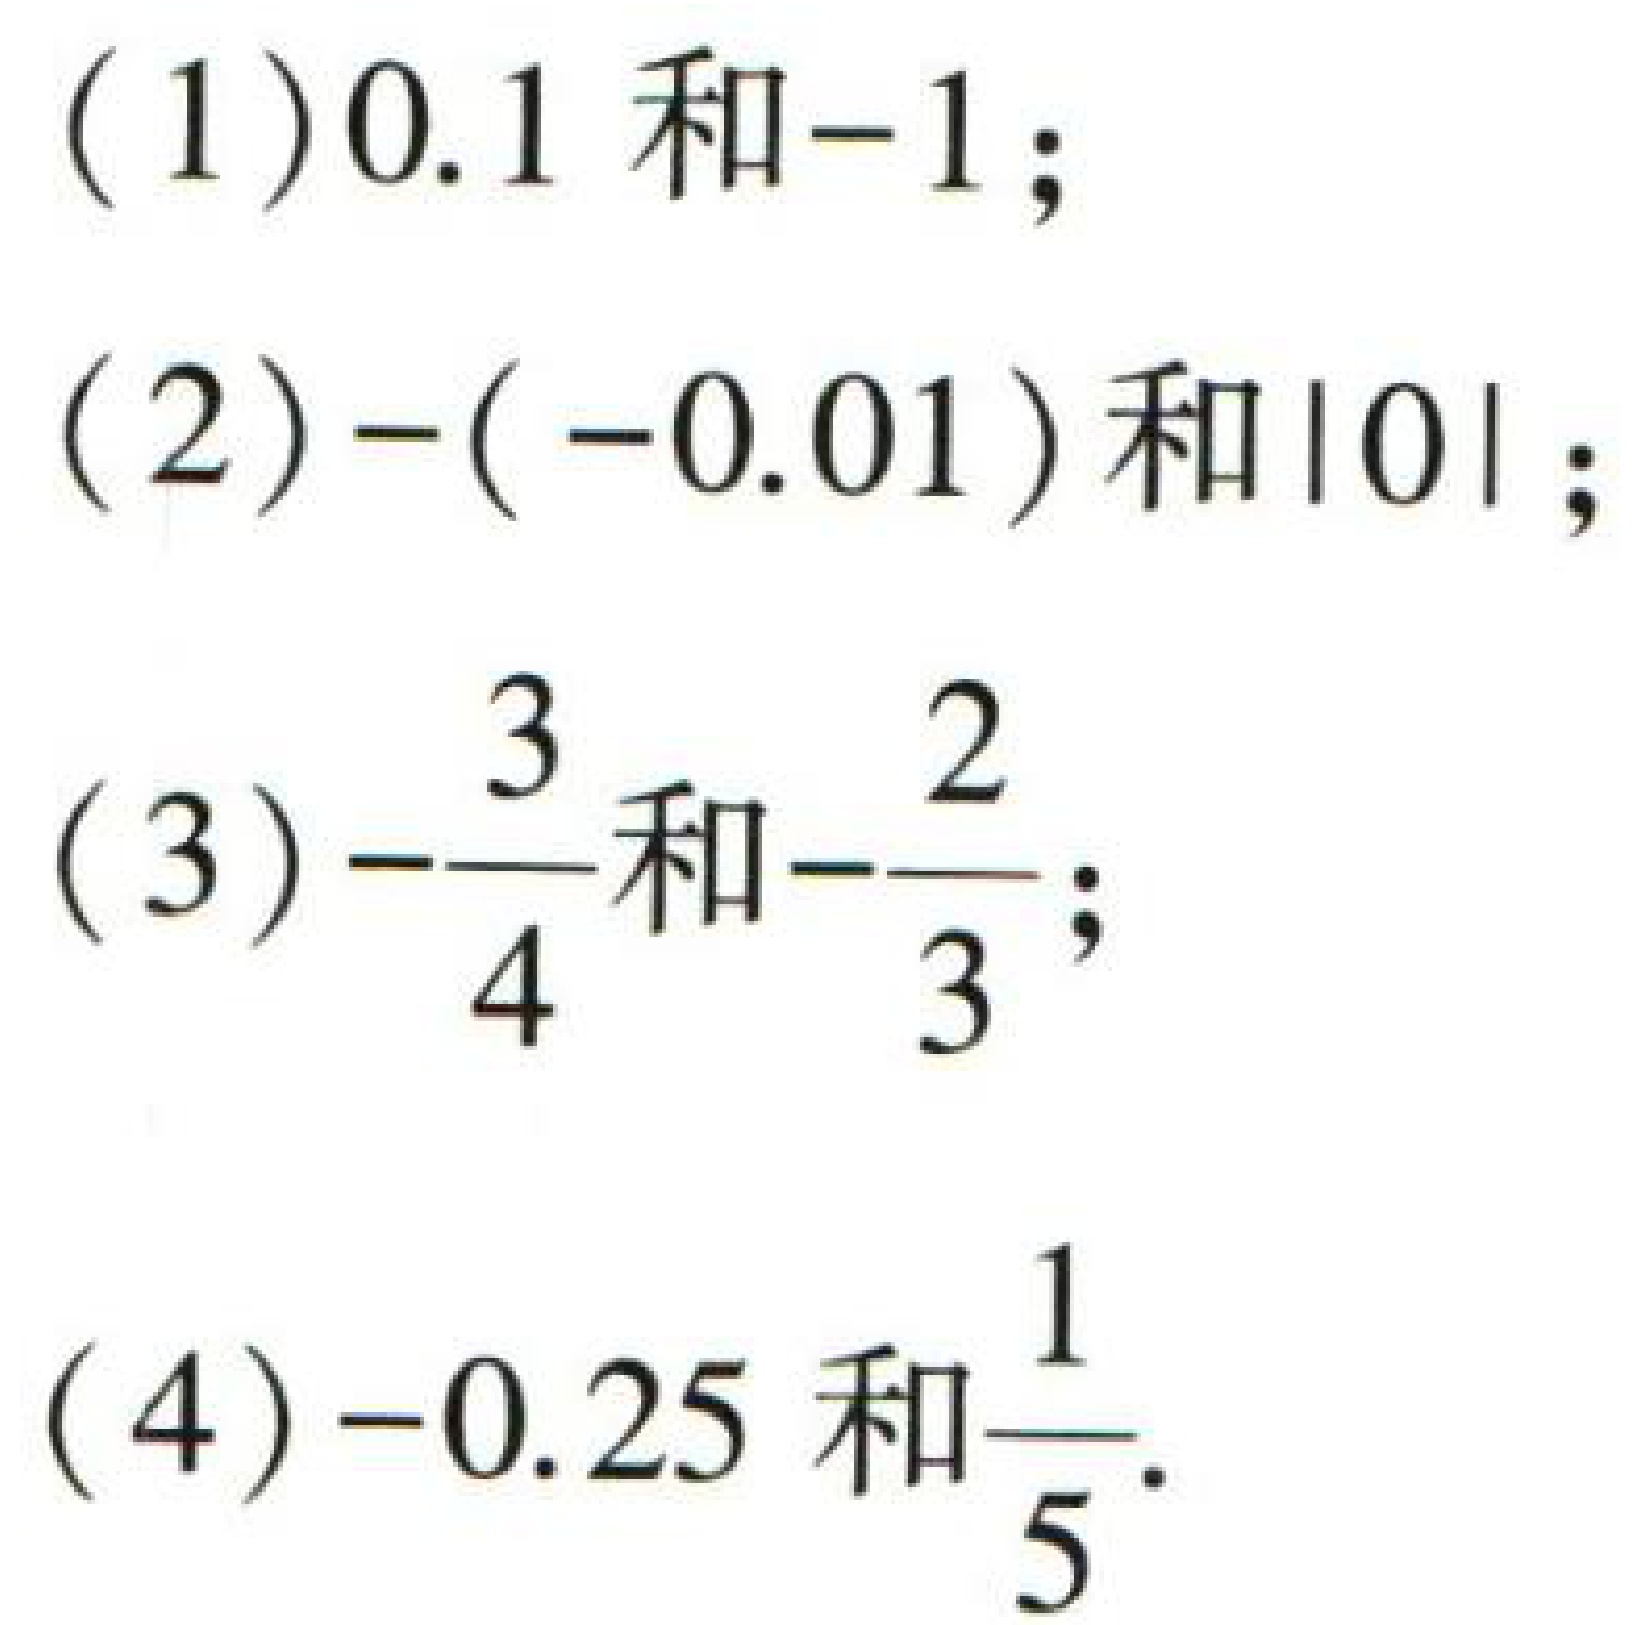
(1)$0.1$和$-1$；
(2)$-(-0.01)$和$|0|$；
(3)$-\dfrac{3}{4}$和$-\dfrac{2}{3}$；
(4)$-0.25$和$\dfrac{1}{5}$.